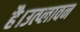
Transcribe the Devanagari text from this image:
है।उत्प्लावन